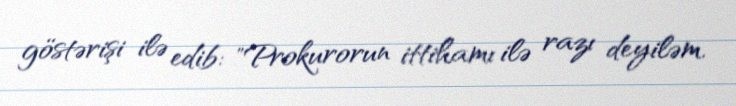
göstərişi ilə edib: "Prokurorun ittihamı ilə razı deyiləm.